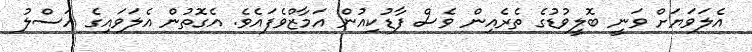
އެލަވަޔަށް ވަނީ ބޮލީވުޑުގެ ތެރެއިން ވެސް ފާޑުކިއުން އަމާޒްވެފައެވެ. އެގޮތުން އެލަވައިގެ އަސްލު